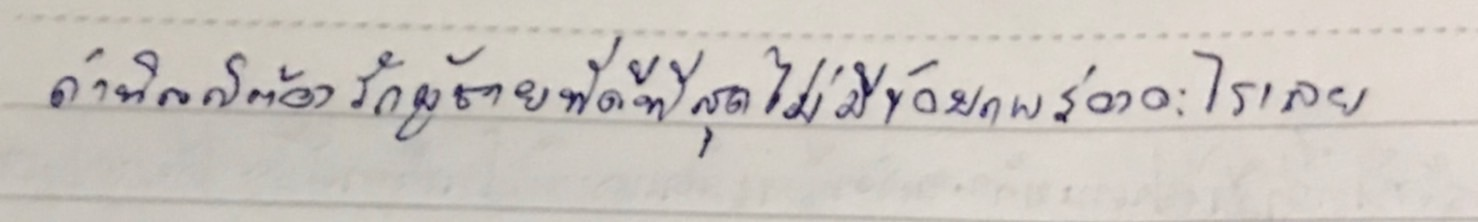
"ถ้านิลก็ต้องรักผู้ชายที่ดีที่สุดไม่มีข้อบกพร่องอะไรเลย